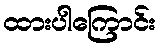
ထားပါကြောင်း